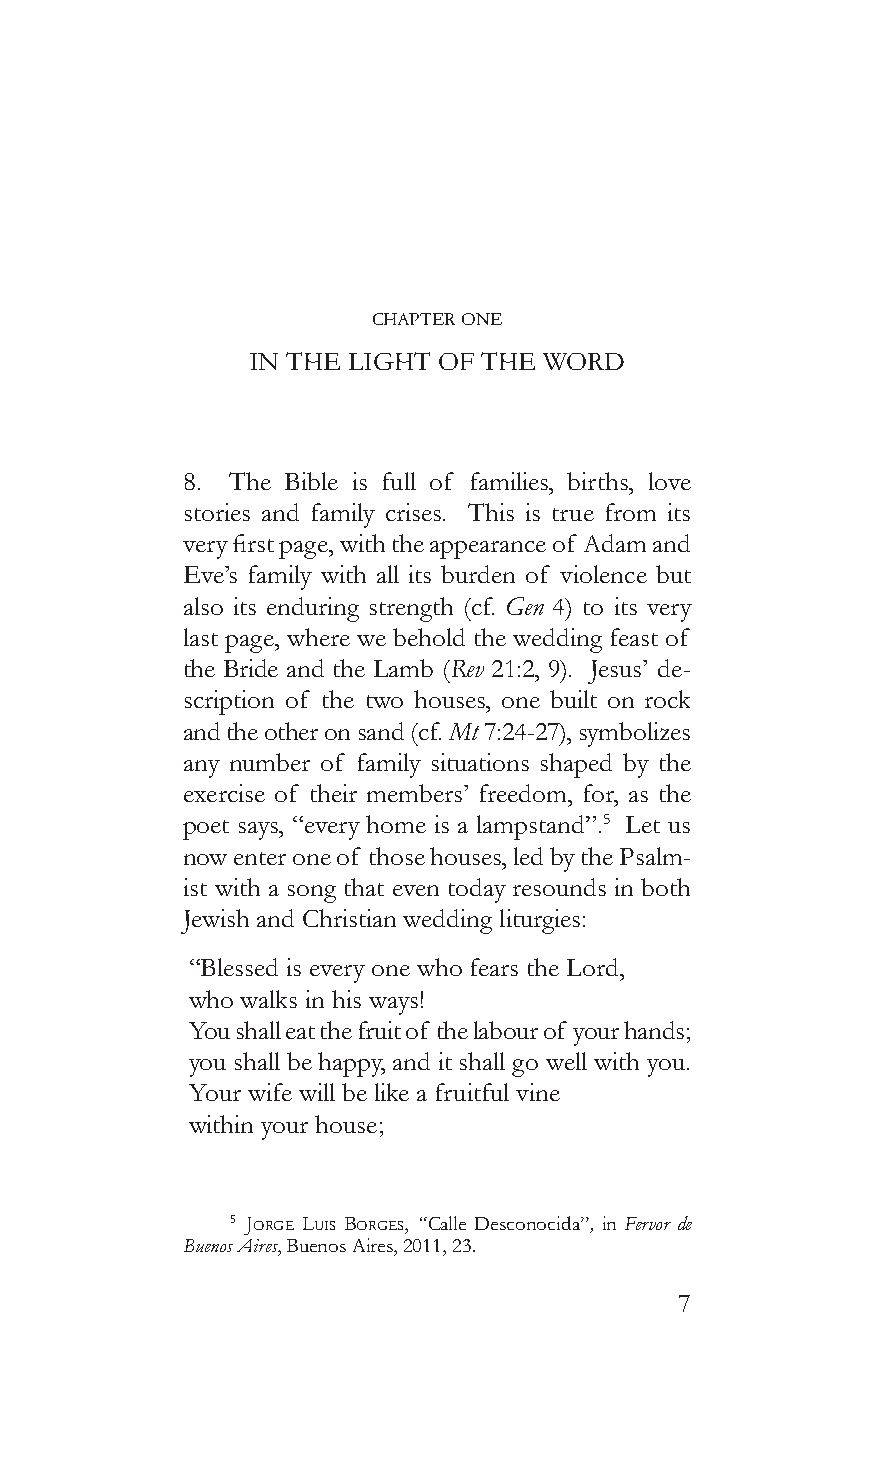
CHAPTER ONE
 in The LiGhT of The Word
 8. The Bible is full of families, births, love
 stories and family crises. This is true from its
 very first page, with the appearance of Adam and
 Eve’s family with all its burden of violence but
 also its enduring strength (cf. Gen 4) to its very
 last page, where we behold the wedding feast of
 the Bride and the Lamb (Rev 21:2, 9). Jesus’ de-
 scription of the two houses, one built on rock
 and the other on sand (cf. Mt 7:24-27), symbolizes
 any number of family situations shaped by the
 exercise of their members’ freedom, for, as the
 poet says, “every home is a lampstand”.5 Let us
 now enter one of those houses, led by the Psalm-
 ist with a song that even today resounds in both
 Jewish and Christian wedding liturgies:
 “Blessed is every one who fears the Lord,
 who walks in his ways!
 You shall eat the fruit of the labour of your hands;
 you shall be happy, and it shall go well with you.
 Your wife will be like a fruitful vine
 within your house;
 5 JorGe Luis borGes, “ Calle Desconocida”, in Fervor de
 Buenos Aires, Buenos Aires, 2011, 23.
 7